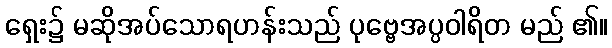
ရှေး၌ မဆိုအပ်သောရဟန်းသည် ပုဗ္ဗေအပ္ပဝါရိတ မည် ၏။